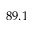
8 9 . 1